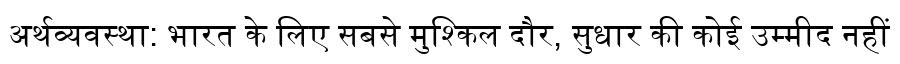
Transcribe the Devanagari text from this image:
अर्थव्यवस्था: भारत के लिए सबसे मुश्किल दौर, सुधार की कोई उम्मीद नहीं